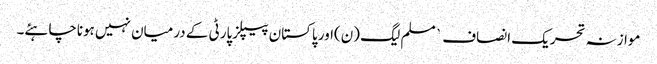
موازنہ تحریک انصاف ` مسلم لیگ (ن)اور پاکستان پیپلزپارٹی کے درمیان نہیں ہوناچاہئے۔